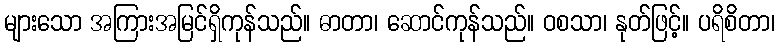
များသော အကြားအမြင်ရှိကုန်သည်။ ဓာတာ၊ ဆောင်ကုန်သည်။ ဝစသာ၊ နုတ်ဖြင့်။ ပရိစိတာ၊